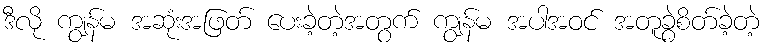
ဒီလို ကျွန်မ အဆုံးအဖြတ် ပေးခဲ့တဲ့အတွက် ကျွန်မ အပါအဝင် အတူခွဲစိတ်ခဲ့တဲ့